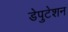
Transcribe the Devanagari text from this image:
डेपुटेशन